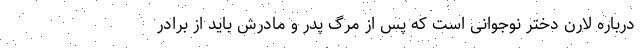
درباره لارن دختر نوجوانی است که پس از مرگ پدر و مادرش باید از برادر